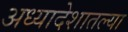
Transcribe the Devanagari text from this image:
अध्यादेशातल्या